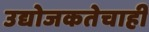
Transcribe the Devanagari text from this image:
उद्योजकतेचाही